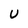
Character: U